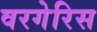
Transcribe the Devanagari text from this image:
वरगेरिस